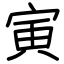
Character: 寅